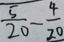
\frac { 5 } { 2 0 } - \frac { 4 } { 2 0 }